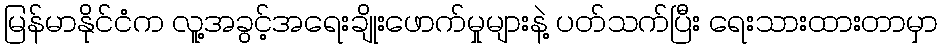
မြန်မာနိုင်ငံက လူ့အခွင့်အရေးချိုးဖောက်မှုများနဲ့ ပတ်သက်ပြီး ရေးသားထားတာမှာ